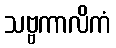
သဗ္ဗကာလိကံ